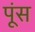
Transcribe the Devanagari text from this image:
पूंस